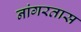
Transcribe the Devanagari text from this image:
नांगरतास